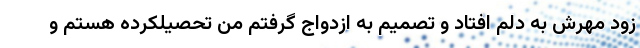
زود مهرش به دلم افتاد و تصمیم به ازدواج گرفتم من تحصیلکرده هستم و